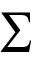
\textstyle \sum